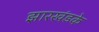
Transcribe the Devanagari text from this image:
झारखंडके